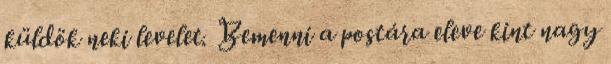
küldök neki levelet. Bemenni a postára eleve kint nagy